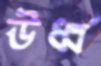
ঊর্ধ্ব